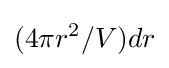
(4\pi r^{2}/V)dr